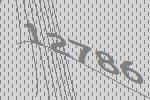
12786